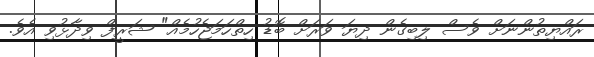
ރައްޔިތުންނަށް ވެސް ލިބިގެން ދިޔަ ވަރަށް ބޮޑު ހިތްހަމަޖެހުމެއް" ޝަރީފް ވިދާޅުވި އެވެ.